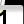
Digit: 1